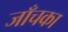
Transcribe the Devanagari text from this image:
जाँचका